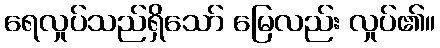
ရေလှုပ်သည်ရှိသော် မြေလည်း လှုပ်၏။